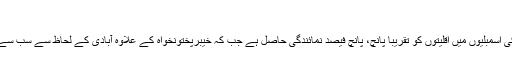
"
ساجد اسحٰق نے بتایا کہ اس وقت صرف سندھ اور بلوچستان کی اسمبلیوں میں اقلیتوں کو تقریباً پانچ، پانچ فیصد نمائندگی حاصل ہے جب کہ خیبرپختونخواہ کے علاوہ آبادی کے لحاظ سے سب سے بڑے صوبے پنجاب میں یہ تناسب صرف دو، دو فیصد ہے۔